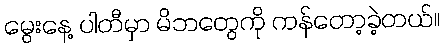
မွေးနေ့ ပါတီမှာ မိဘတွေကို ကန်တော့ခဲ့တယ်။